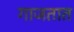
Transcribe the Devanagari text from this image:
गाजतात